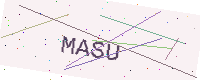
Text: MASU